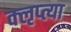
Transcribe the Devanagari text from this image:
क्‍ऌप्‍त्या